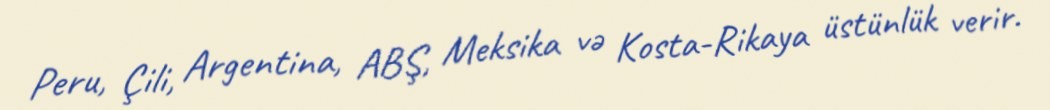
Peru, Çili, Argentina, ABŞ, Meksika və Kosta-Rikaya üstünlük verir.